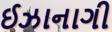
ઈઝાનાગી